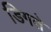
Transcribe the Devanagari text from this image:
डिगते